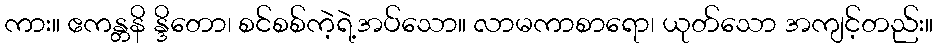
ကား။ ဧကန္တနိ န္ဒိတော၊ စင်စစ်ကဲ့ရဲ့အပ်သော။ လာမကာစာရော၊ ယုတ်သော အကျင့်တည်း။